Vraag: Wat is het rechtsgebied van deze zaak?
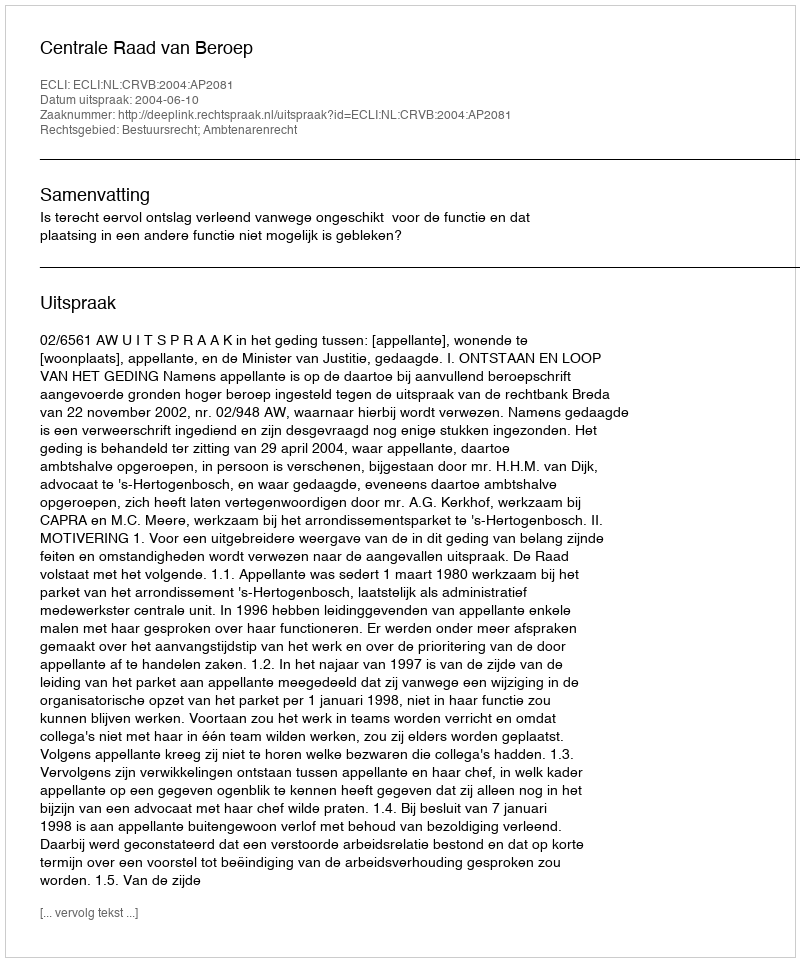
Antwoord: Bestuursrecht; Ambtenarenrecht